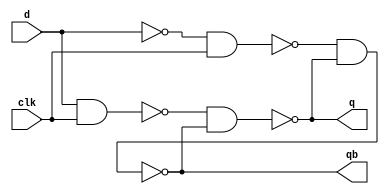
module d_ff_str(q,qb,d,clk);
input d,clk;
output q,qb;
wire w1,w2,w3;

not l1(w1,d);  //has ~d
nand l2(w2,d,clk);  //upper part of circuit -- going for q
nand l3(w3,w1,clk);  //lower part of circuit -- going for q'
nand l4(q,w2,qb);
nand l5(qb,w3,q);
endmodule